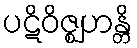
ပဋိဝိဇ္ဈဟန္တိ